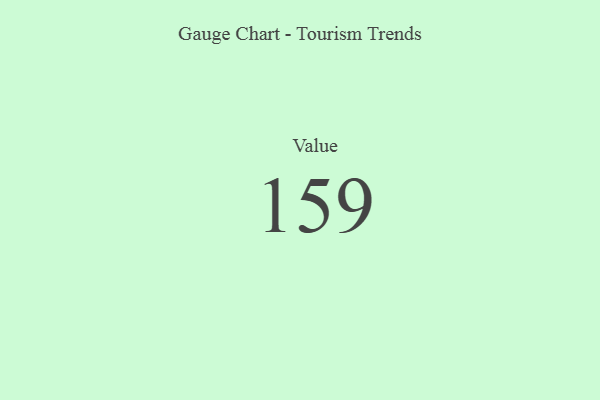
{"axis": {"x": "Metric", "y": "Value"}, "legend": [""], "data": [{"x": "Value", "y": 159, "type": ""}]}